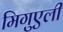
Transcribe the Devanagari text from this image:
मिगुएली